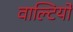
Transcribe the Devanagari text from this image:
वाल्टियों